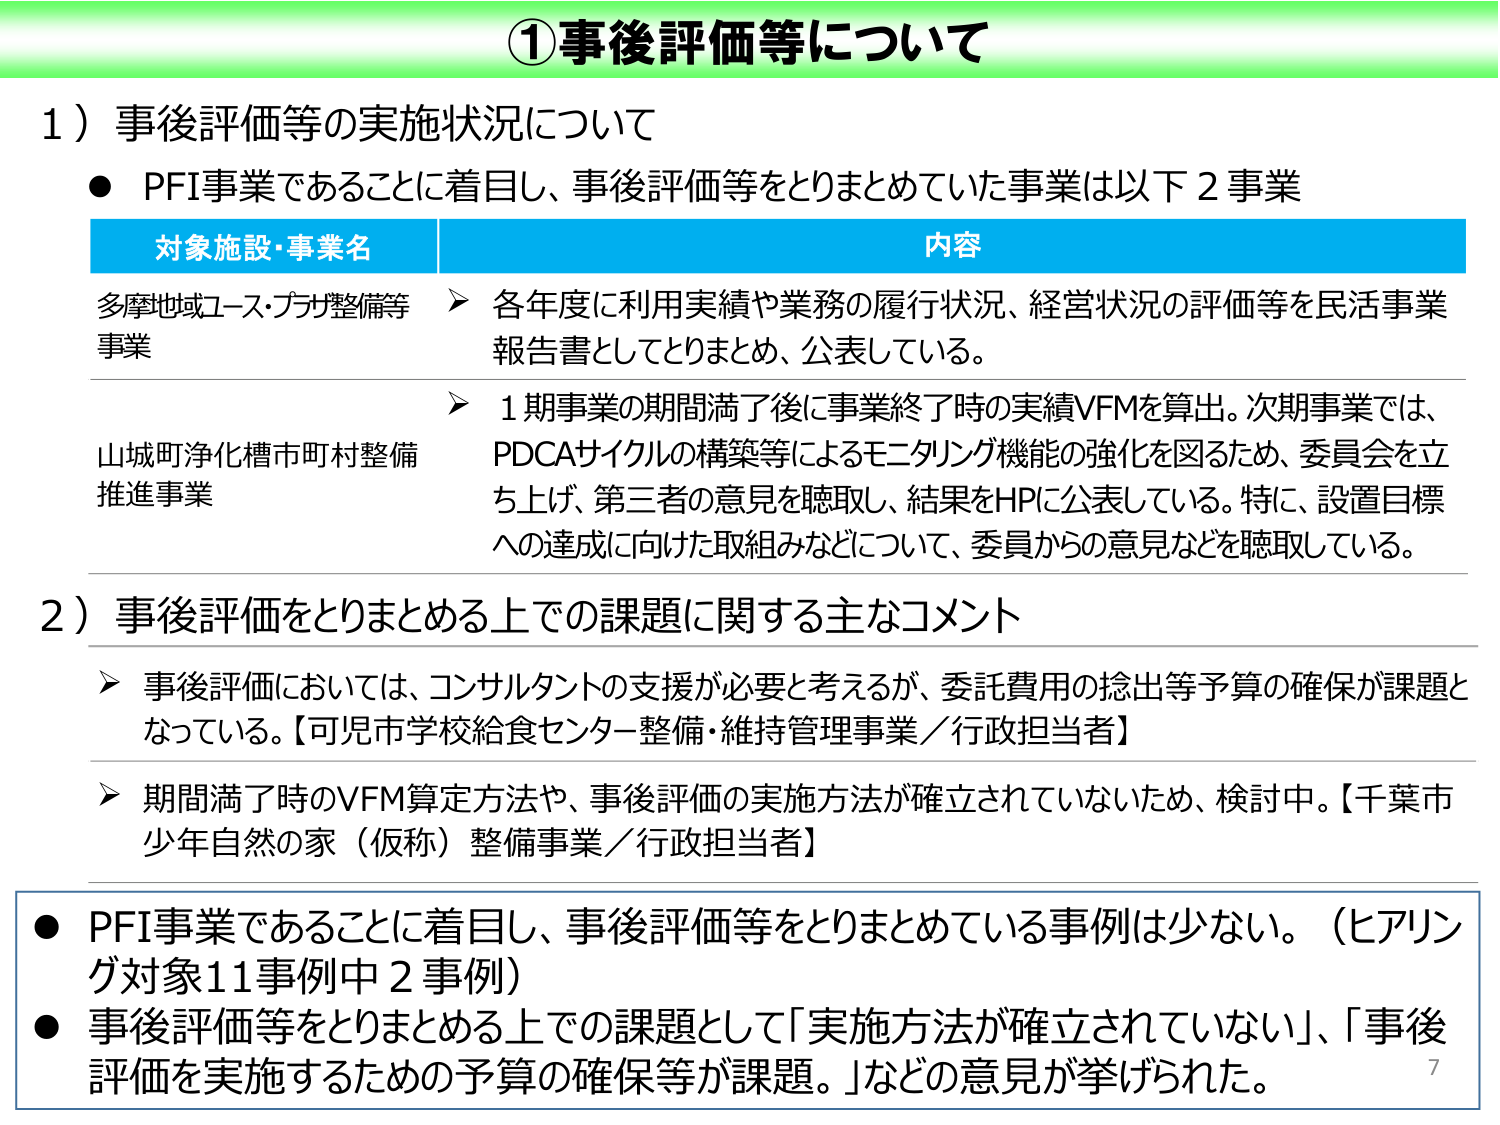
①事後評価等について

1）事後評価等の実施状況について
● PFI事業であることに着目し、事後評価等をとりまとめていた事業は以下２事業

対象施設・事業名